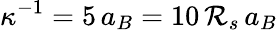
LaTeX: \kappa^{-1}=5\, a_{B}=10\, \mathcal{R}_{s}\, a_{B}